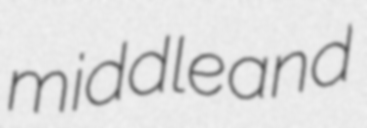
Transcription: middle and